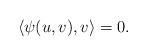
\begin{align*} \langle \psi(u,v),v\rangle=0. \end{align*}